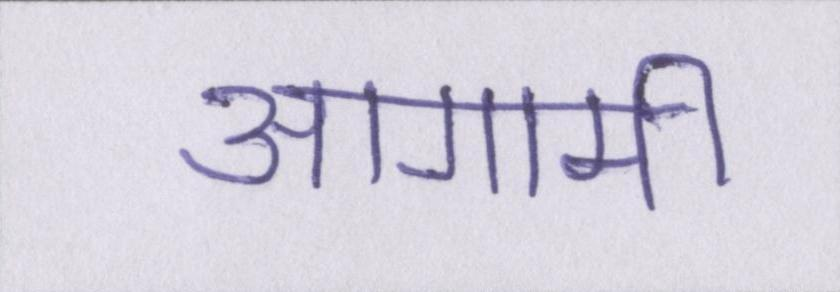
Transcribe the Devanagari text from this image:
आगामी